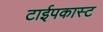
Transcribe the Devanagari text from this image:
टाईपकास्ट